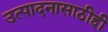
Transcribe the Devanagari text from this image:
उत्पादनासाठीही